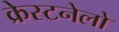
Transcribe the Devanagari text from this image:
क्रेस्टनेलो